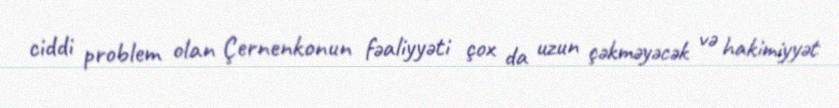
ciddi problem olan Çernenkonun fəaliyyəti çox da uzun çəkməyəcək və hakimiyyət